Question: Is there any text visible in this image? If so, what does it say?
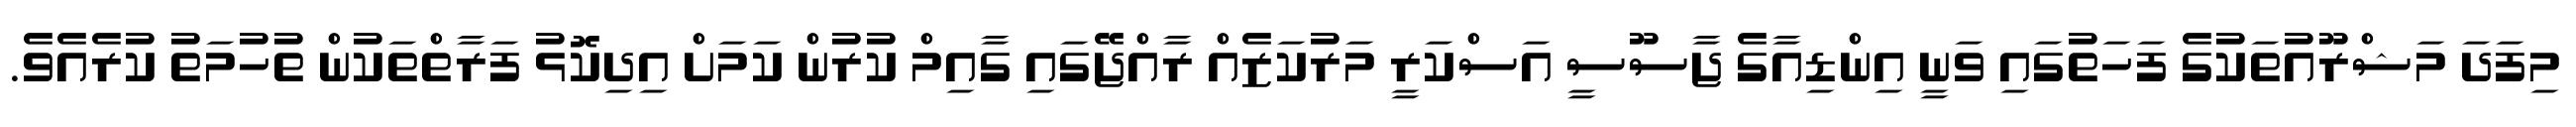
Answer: މިފަދަ މަޝްރޫއުތަކުގެ ފަހަތުގައި ވަނީ އިންޑިއާގެ ޖާސޫސީ އަސްކަރީ މަރުކަޒެއް ރާއްޖޭގައި ގާއިމް ކުރުން ކަމަށް އިދިކޮޅު ފަރާތްތަކުން ތުހުމަތު ކުރެއެވެ.